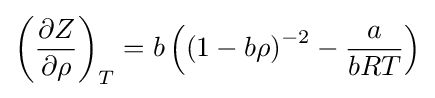
\left({\frac {\partial Z}{\partial \rho }}\right)_{T}=b\left({\left(1-b\rho \right)}^{-2}-{\frac {a}{bRT}}\right)